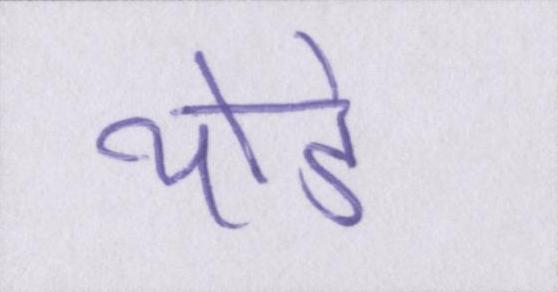
थोडे